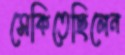
সেকিতেছিলেন